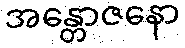
အန္တောဇနော